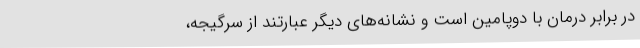
در برابر درمان با دوپامین است و نشانه‌های دیگر عبارتند از سرگیجه،